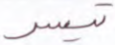
تيسر